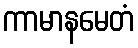
ကာမာနမေတံ